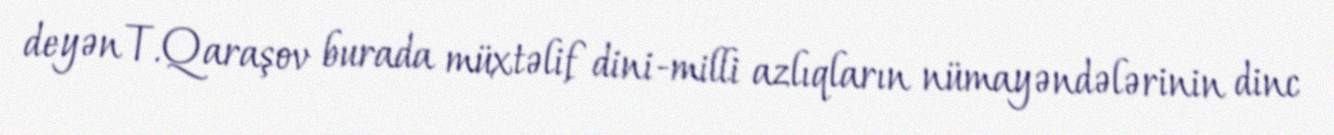
deyən T.Qaraşov burada müxtəlif dini-milli azlıqların nümayəndələrinin dinc